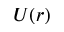
U ( r )